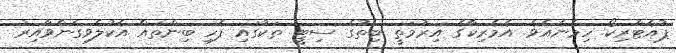
ޕުއެޓްރިކޯ ހިމެނެއެވެ. އެމެރިކާގެ އިރުމަތީ ބިތުގެ ސިޓީ ތަކުގައި ފެހި ބިންތައް އެކުލެވިގެންވާއިރު